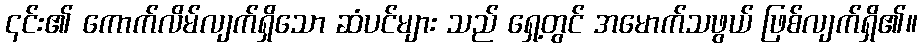
၎င်း၏ ကောက်လိမ်လျက်ရှိသော ဆံပင်များ သည် ရှေ့တွင် အမောက်သဖွယ် ဖြစ်လျက်ရှိ၏။